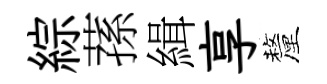
綜蓀緝享釐